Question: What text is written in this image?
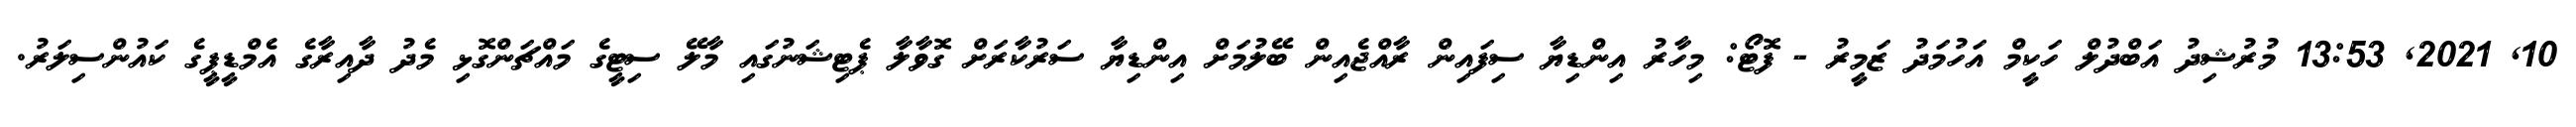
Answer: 10, 2021, 13:53 މުރުޝިދު އަބްދުލް ހަކީމް އަހުމަދު ޒަމީރު - ފޮޓޯ: މިހާރު އިންޑިޔާ ސިފައިން ރާއްޖެއިން ބޭލުމަށް އިންޑިޔާ ސަރުކާރަށް ގޮވާލާ ޕެޓިޝަނުގައި މާލޭ ސިޓީގެ މައްޗަންގޮޅި މެދު ދާއިރާގެ އެމްޑީޕީގެ ކައުންސިލަރު.